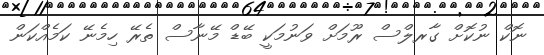
ނޮކް ނުކޮށް ގާރލްސް ރޫމަށް ވަނުމަކީ ބޭޑް މޭނާސް ތެރޭ ހިމެނޭ ކަމެއްކަން